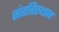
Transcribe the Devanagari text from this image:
संततिस्थान